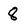
Character: 8